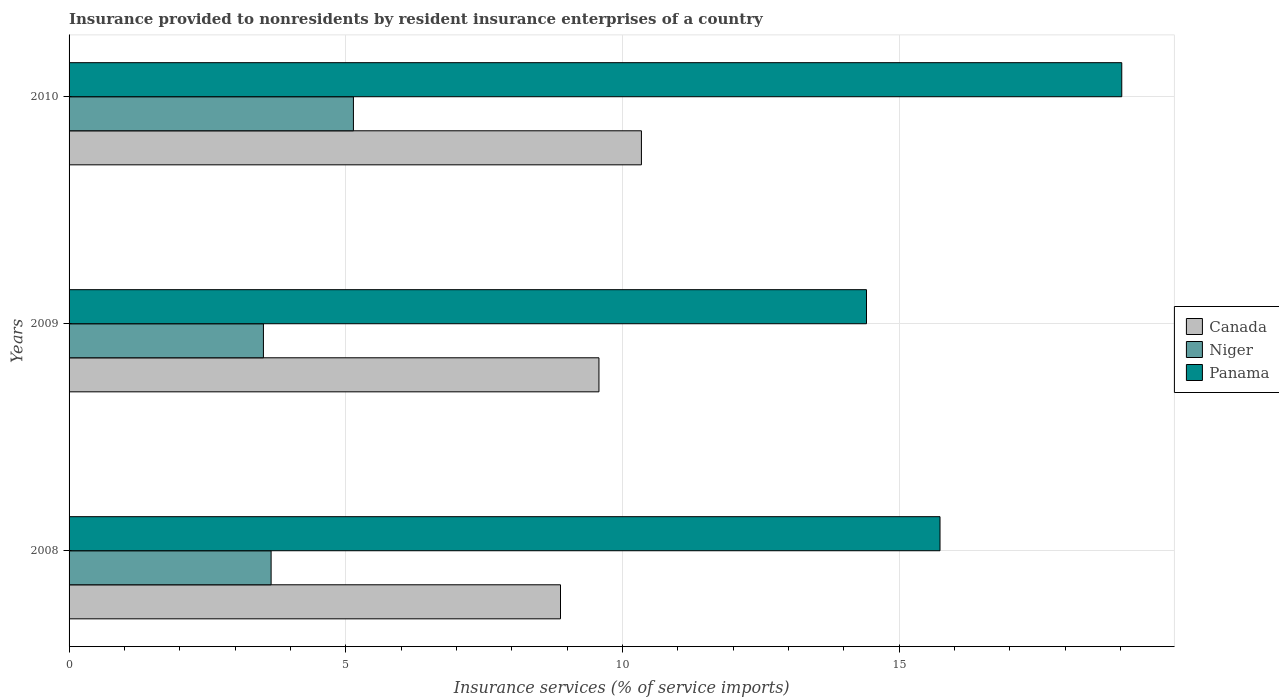
| Years | Canada | Niger | Panama |
 | --- | --- | --- | --- |
 | 2008 | 8.88 | 3.65 | 15.7 |
 | 2009 | 9.58 | 3.51 | 14.4 |
 | 2010 | 10.3 | 5.14 | 19 |